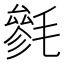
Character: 毿